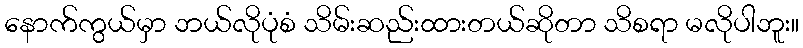
နောက်ကွယ်မှာ ဘယ်လိုပုံစံ သိမ်းဆည်းထားတယ်ဆိုတာ သိစရာ မလိုပါဘူး။